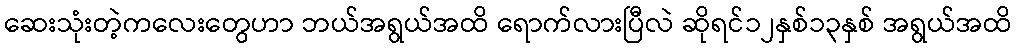
ဆေးသုံးတဲ့ကလေးတွေဟာ ဘယ်အရွယ်အထိ ရောက်လားပြီလဲ ဆိုရင်၁၂နှစ်၁၃နှစ် အရွယ်အထိ